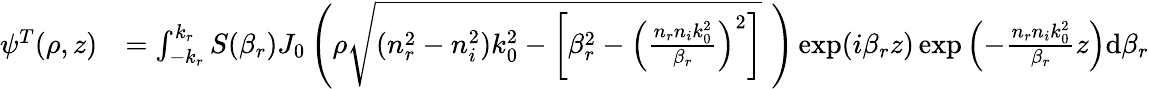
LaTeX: \begin{array}{clr}{\psi^{T}(\rho,z)}&{=\int_{-k_{r}}^{k_{r}}S(\beta_{r})J_{0}\left(\rho\sqrt{(n_{r}^{2}-n_{i}^{2})k_{0}^{2}-\left[\beta_{r}^{2}-\left(\frac{n_{r}n_{i}k_{0}^{2}}{\beta_{r}}\right)^{2}\right]}\, \, \right)\exp(i\beta_{r}z)\exp\left(-\frac{n_{r}n_{i}k_{0}^{2}}{\beta_{r}}z\right)\textrm{d}\beta_{r}}\end{array}